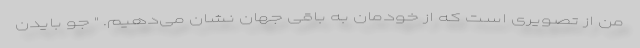
من از تصویری است که از خودمان به باقی جهان نشان می‌دهیم. " جو بایدن